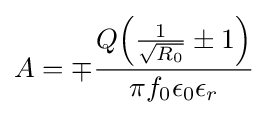
A=\mp {\frac {Q{\Bigl (}{\frac {1}{\sqrt {R_{0}}}}\pm 1{\Bigr )}}{\pi f_{0}\epsilon _{0}\epsilon _{r}}}